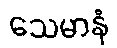
သေမာနံ